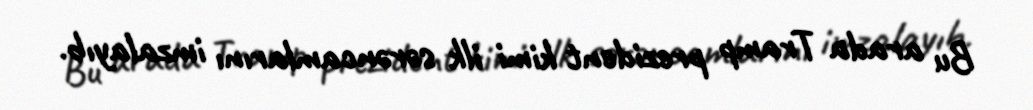
Bu arada Tramp prezident kimi ilk sərəncamlarını imzalayıb.